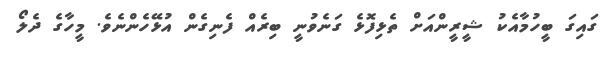
ގައިގަ ބީހުމާއެކު ޝީރީންއަށް ތެޅިފޮޅެ ގަނެވުނީ ބިރެއް ފެނިގެން އުޅޭހެންނެވެ. މީހާގެ ދެލޯ